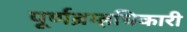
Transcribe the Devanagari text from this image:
पूर्णब्रम्हधिकारी